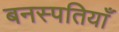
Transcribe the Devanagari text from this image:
बनस्पतियाँ